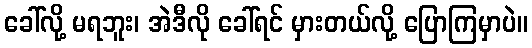
ခေါ်လို့ မရဘူး၊ အဲဒီလို ခေါ်ရင် မှားတယ်လို့ ပြောကြမှာပဲ။